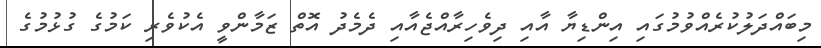
މިބައްދަލުކުރެއްވުމުގައި އިންޑިޔާ އާއި ދިވެހިރާއްޖެއާއި ދެމެދު އޮތް ޒަމާންވީ އެކުވެރި ކަމުގެ ގުޅުމުގެ